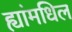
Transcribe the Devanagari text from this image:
ह्यांमधिल